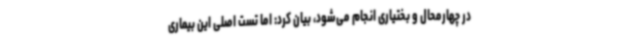
در چهارمحال و بختیاری انجام می‌شود، بیان کرد: اما تست اصلی این بیماری